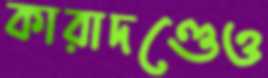
কারাদণ্ডেও